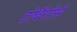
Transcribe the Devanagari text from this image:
टोबैगोसे